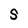
Character: S